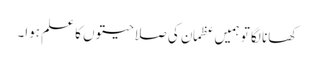
کھانا لگا تو ہمیں عظمان کی صلاحیتوں کا علم ہوا۔